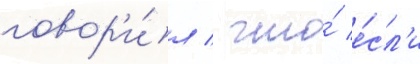
говор'и́л / что́ е́сл'и